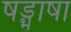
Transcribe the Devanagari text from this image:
षड्भाषा